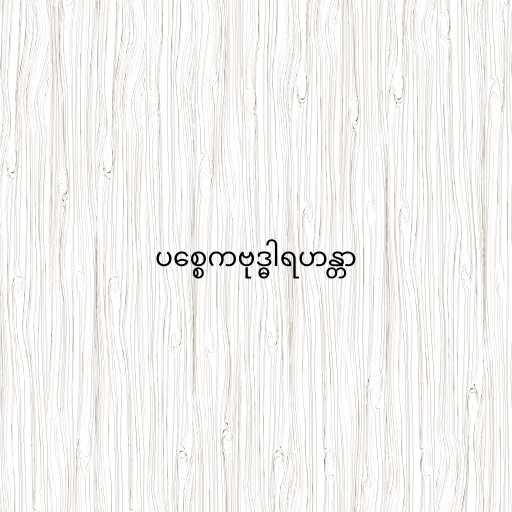
ပစ္စေကဗုဒ္ဓါရဟန္တာ